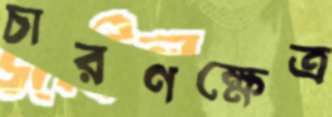
চারণক্ষেত্র